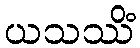
ယသဿိံ